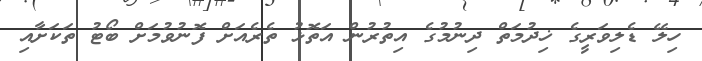
ހިލޭ ޑެލިވަރީގެ ޚިދުމަތް ދިނުމުގެ އިތުރުން އަތޮޅު ތެރެއަށް ފޮނުވުމަށް ބޯޓު ތަކަށާއި